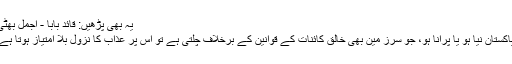
یہ بھی پڑھیں: قائد بابا - اجمل بھٹی
پاکستان نیا ہو یا پرانا ہو، جو سرز مین بھی خالق کائنات کے قوانین کے برخلاف چلتی ہے تو اس پر عذاب کا نزول بلا امتیاز ہوتا ہے۔